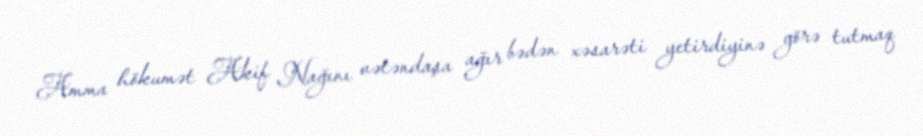
Amma hökumət Akif Nağını vətəndaşa ağır bədən xəsarəti yetirdiyinə görə tutmaq